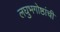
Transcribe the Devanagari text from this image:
लघुभगोष्ठांची